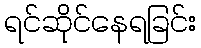
ရင်ဆိုင်နေရခြင်း